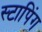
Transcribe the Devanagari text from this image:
स्टापिंग